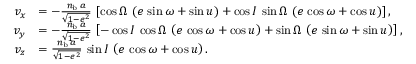
\begin{array} { r l } { v _ { x } } & { = - \frac { n _ { \mathrm { b } } \, a } { \sqrt { 1 - e ^ { 2 } } } \, \left[ \cos \Omega \, \left( e \, \sin \omega + \sin u \right) + \cos I \, \sin \Omega \, \left( e \, \cos \omega + \cos u \right) \right] , } \\ { v _ { y } } & { = - \frac { n _ { \mathrm { b } } \, a } { \sqrt { 1 - e ^ { 2 } } } \, \left[ - \cos I \, \cos \Omega \, \left( e \, \cos \omega + \cos u \right) + \sin \Omega \, \left( e \, \sin \omega + \sin u \right) \right] , } \\ { v _ { z } } & { = \frac { n _ { \mathrm { b } } \, a } { \sqrt { 1 - e ^ { 2 } } } \, \sin I \, \left( e \, \cos \omega + \cos u \right) . } \end{array}